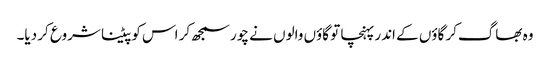
وہ بھاگ‌کر گاؤں کے اندر پہنچا تو گاؤں والوں نے چور سمجھ‌کر اس کو پیٹنا شروع کر دیا۔